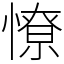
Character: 憭